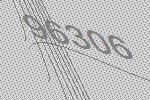
96306